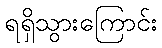
ရရှိသွားကြောင်း